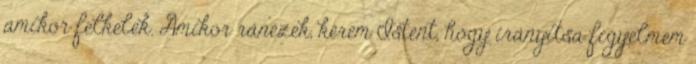
amikor felkelek. Amikor ránézek, kérem Istent, hogy irányítsa figyelmem